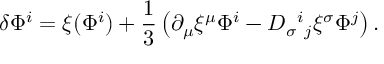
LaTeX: \delta \Phi ^ { i } = \xi ( \Phi ^ { i } ) + { \frac { 1 } { 3 } } \left( \partial _ { \mu } \xi ^ { \mu } \Phi ^ { i } - D _ { \sigma } { } ^ { i } { } _ { j } \xi ^ { \sigma } \Phi ^ { j } \right) .